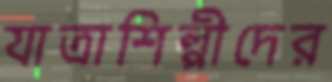
যাত্রাশিল্পীদের